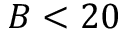
B < 2 0